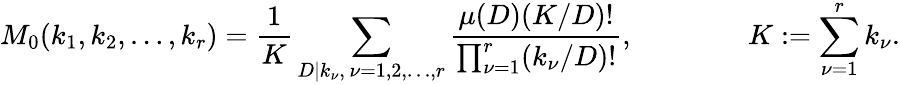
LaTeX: M_{0}(k_{1},k_{2},\dots,k_{r})=\frac 1{K}\sum_{D|k_{\nu},\, \nu=1,2,\dots,r}\frac{\mu(D)(K/D)!}{\prod_{\nu=1}^{r}(k_{\nu}/D)!},\qquad\qquad K:=\sum_{\nu=1}^{r}k_{\nu}.